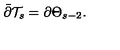
\bar { \partial } \mathcal { T } _ { s } = \partial \Theta _ { s - 2 } .